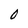
Character: 0